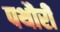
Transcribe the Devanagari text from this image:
पथौरी